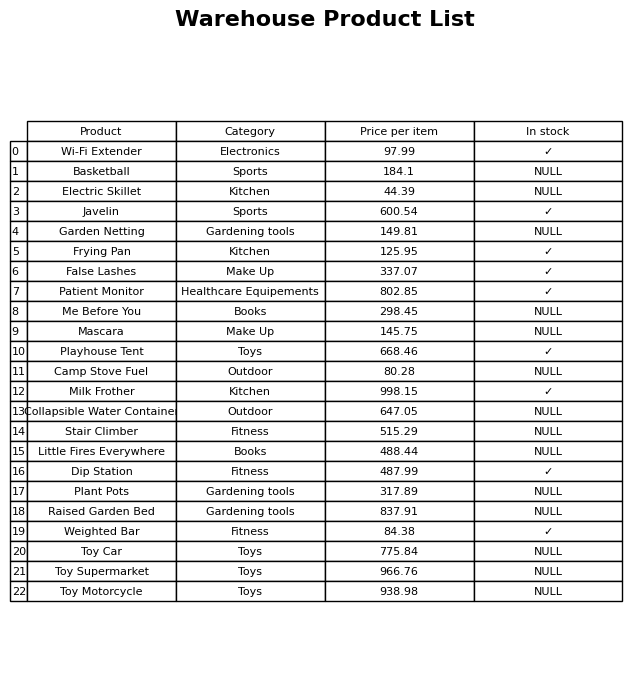
question: What is the price of the Garden Netting?
answer: The price of Garden Netting is 149.81.